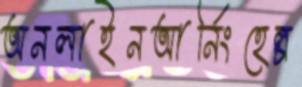
অনলাইনআর্নিংহেল্প